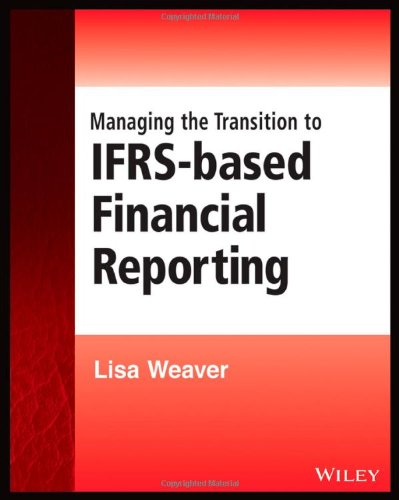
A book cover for Managing the Transition to IFRS-Based Financial Reporting: A Practical Guide to Planning and Implementing a Transition to IFRS or National GAAP (Wiley Regulatory Reporting); Lisa Weaver; Business & Money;